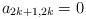
LaTeX: \begin{align*}a_{2k+1,2k} = 0 \end{align*}